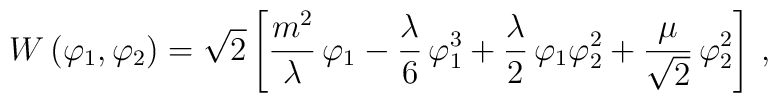
{ W}\,(\varphi_1, \varphi_2) =\sqrt{2}\left[ \frac{m^2}{\lambda} \,\varphi_1-\frac{\lambda}{6} \,\varphi_1^3 +\frac{\lambda}{2}\,\varphi_1\varphi_2^2+\frac{\mu}{\sqrt{2}}\,\varphi_2^2\right]\,,